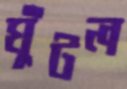
ঘুঁটল